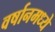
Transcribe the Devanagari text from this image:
वर्षानमध्ये